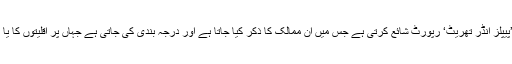
مائنورٹی رائٹس گروپ انٹرنیشنل نامی تنظیم ہر سال ’پیپلز انڈر تھریٹ‘ رپورٹ شائع کرتی ہے جس میں ان ممالک کا ذکر کیا جاتا ہے اور درجہ بندی کی جاتی ہے جہاں پر اقلیتوں کا یا تو بڑے پیمانے پر قتل کیا جا رہا ہو یا پھر نسل کشی۔